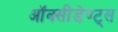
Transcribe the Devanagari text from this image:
ऑक्सीडेण्ट्स